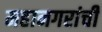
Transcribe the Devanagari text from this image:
महानगरांची